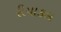
રીયાકલ